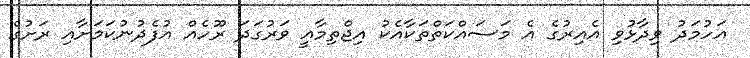
އަހުމަދު ވިދާޅުވި އެއިރުގެ އެ މަސައްކަތްތަކާއެކު އިޖްތިމާއީ ވަރުގަދަ ރޫހެއް އުފެދުނުކަމަށާއި ރަށުގެ